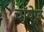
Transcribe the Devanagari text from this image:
चॉयेज़